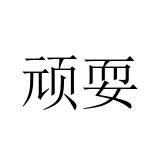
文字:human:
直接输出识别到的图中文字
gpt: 顽耍